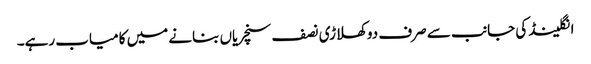
انگلینڈ کی جانب سے صرف دو کھلاڑی نصف سنچریاں بنانے میں کامیاب رہے۔